Cholera in India, 1862 to 1881
Year: 1862
Disease focus: Cholera
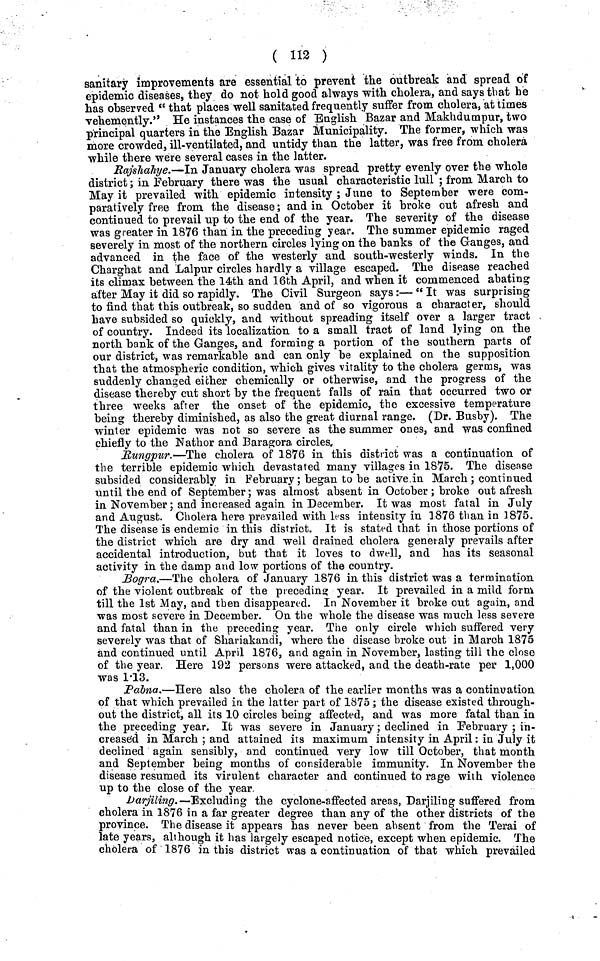
( 112 )
sanitary improvements are essential to prevent the outbreak and spread of
epidemic diseases, they do not hold good always "with cholera, and says that he
has observed " that places well sanitated frequently suffer from cholera, at times
vehemently." He instances the case of English Bazar and Makhdumpur, two
principal quarters in the English Bazar Municipality. The former, which was
more crowded, ill-ventilated, and untidy than the latter, was free from cholera
while there were several cases in the latter.
Rajshahye.—In January cholera was spread pretty evenly over the whole
district; in February there was the usual characteristic lull ; from March to
May it prevailed with epidemic intensity ; June to September were com-
paratively free from the disease; and in October it broke out afresh and
continued to prevail up to the end of the year. The severity of the disease
was greater in 1876 than in the preceding year. The summer epidemic raged
severely in most of the northern circles lying on the banks of the Ganges, and
advanced in the face of the westerly and south-westerly winds. In the
Charghat and Lalpur circles hardly a village escaped. The disease reached
its climax between the 14th and 16th April, and when it commenced abating
after May it did so rapidly. The Civil Surgeon says :— " It was surprising
to find that this outbreak, so sudden and of so vigorous a character, should
have subsided so quickly, and without spreading itself over a larger tract
of country. Indeed its localization to a small tract of land lying on the
north bank of the Ganges, and forming a portion of the southern parts of
our district, was remarkable and can only be explained on the supposition
that the atmospheric condition, which gives vitality to the cholera germs, was
suddenly changed either chemically or otherwise, and the progress of the
disease thereby cut short by the frequent falls of rain that occurred two or
three weeks after the onset of the epidemic, the excessive temperature
being thereby diminished, as also the great diurnal range. (Dr. Busby). The
winter epidemic was not so severe as the summer ones, and was confined
chiefly to the Nathor and Baragora circles,
Rungpur.—The cholera of 1876 in this district was a continuation of
the terrible epidemic which devastated many villages in 1875. The disease
subsided considerably in February ; began to be active in March ; continued
until the end of September; was almost absent in October; broke out afresh
in November; and increased again in December. It was most fatal in July
and August. Cholera here prevailed with less intensity in 1876 than in 1875.
The disease is endemic in this district. It is stated that in those portions of
the district which are dry and well drained cholera generaly prevails after
accidental introduction, but that it loves to dwell, and has its seasonal
activity in the damp and low portions of the country.
Bogra.—The cholera of January 1876 in this district was a termination
of the violent outbreak of the preceding year. It prevailed in a mild form
till the 1st May, and then disappeared. In November it broke out again, and
was most severe in December. On the whole the disease was much less severe
and fatal than in the preceding year. The only circle which suffered very
severely was that of Shariakandi, where the disease broke out in March 1875
and continued until April 1876, and again in November, lasting till the close
of the year. Here 192 persons were attacked, and the death-rate per 1,000
was 1·13.
Pabna.—Here also the cholera of the earlier months was a continuation
of that which prevailed in the latter part of 1875; the disease existed through-
out the district, all its 10 circles being affected, and was more fatal than in
the preceding year. It was severe in January; declined in February ; in-
crease'd in March ; and attained its maximum intensity in April: in July it
declined again sensibly, and continued very low till October, that month
and September being months of considerable immunity. In November the
disease resumed its virulent character and continued to rage with violence
up to the close of the year
Darjiling. —Excluding the cyclone-affected areas, Darjiling suffered from
cholera in 1876 in a far greater degree than any of the other districts of the
province. The disease it appears has never been absent from the Terai of
late years, although it has largely escaped notice, except when epidemic. The
cholera of 1876 in this district was a continuation of that which prevailed